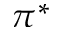
\pi ^ { * }